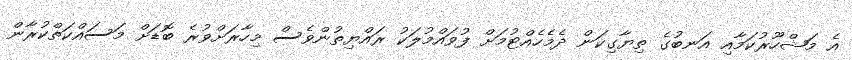
އެ މަޝްހޫރުކަމާއި އަނބުގެ ތިޔާގިކަން ދެމެހެއްޓުމަށް ފުވައްމުލަކު ރައްޔިތުންވެސް މިހާރަށްވުރެ ބޮޑަށް މަސައްކަތްކުރާން